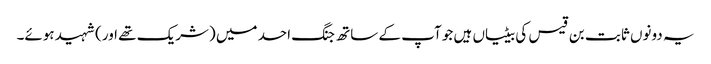
یہ دونوں ثابت بن قیس کی بیٹیاں ہیں جو آپ کے ساتھ جنگ احد میں (شریک تھے اور) شہید ہوئے۔